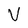
Character: V